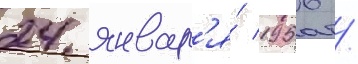
24 январ'я́ 1956 /